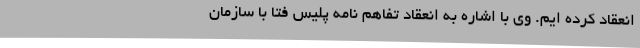
انعقاد کرده ایم. وی با اشاره به انعقاد تفاهم نامه پلیس فتا با سازمان